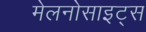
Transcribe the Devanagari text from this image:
मेलनोसाइट्स